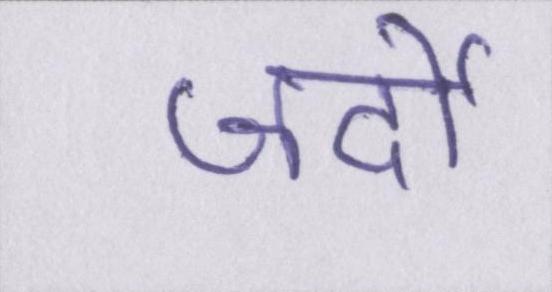
जर्दी